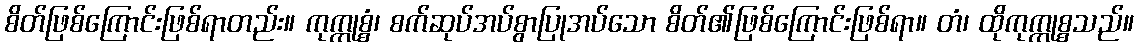
စိတ်ဖြစ်ကြောင်းဖြစ်ရာတည်း။ ကုက္ကုစ္စံ၊ စက်ဆုပ်အပ်စွာပြုအပ်သော စိတ်၏ဖြစ်ကြောင်းဖြစ်ရာ။ တံ၊ ထိုကုက္ကုစ္စသည်။